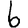
Digit: 6